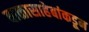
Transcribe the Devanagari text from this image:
बाळासाहेबांकडून